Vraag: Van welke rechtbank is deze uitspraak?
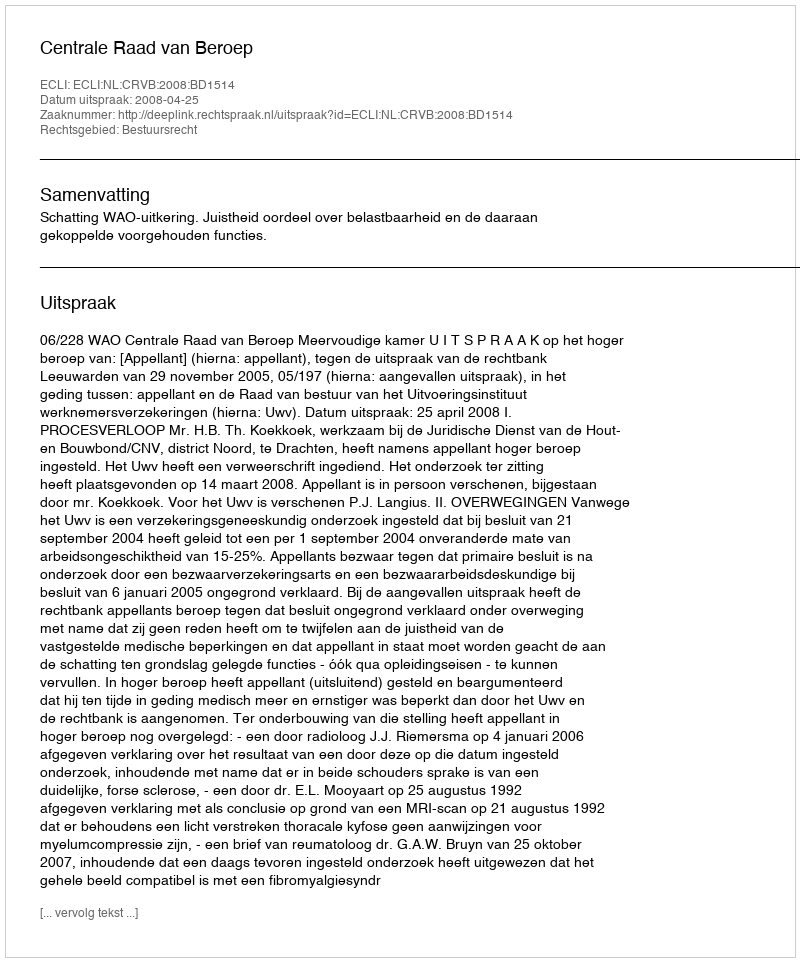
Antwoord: Centrale Raad van Beroep